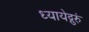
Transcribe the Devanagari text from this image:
ध्यायेद्गुरुं